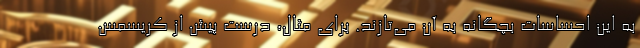
به این احساسات بچگانه به آن می‌تازند. برای مثال، درست پیش از کریسمس